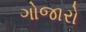
ગોજારો